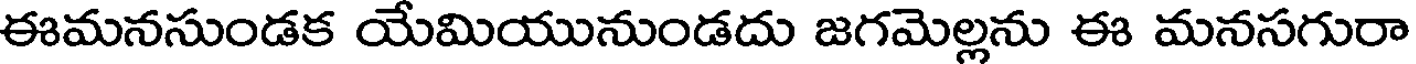
ఈమనసుండక యేమియునుండదు జగమెల్లను ఈ మనసగురా